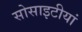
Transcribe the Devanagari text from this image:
सोसाइटीयां